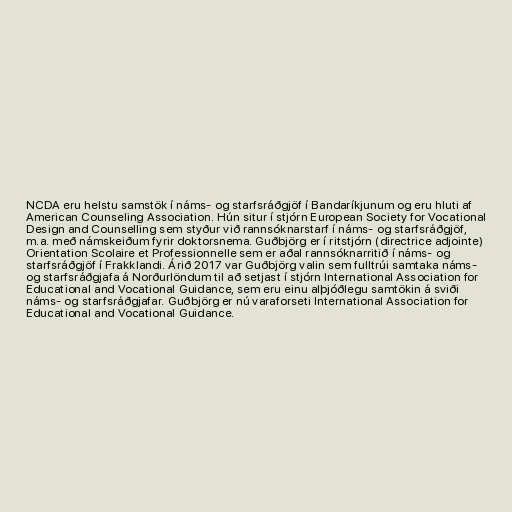
NCDA eru helstu samstök í náms- og starfsráðgjöf í Bandaríkjunum og eru hluti af
American Counseling Association. Hún situr í stjórn European Society for Vocational
Design and Counselling sem styður við rannsóknarstarf í náms- og starfsráðgjöf,
m.a. með námskeiðum fyrir doktorsnema. Guðbjörg er í ritstjórn (directrice adjointe)
Orientation Scolaire et Professionnelle sem er aðal rannsóknarritið í náms- og
starfsráðgjöf í Frakklandi. Árið 2017 var Guðbjörg valin sem fulltrúi samtaka náms-
og starfsráðgjafa á Norðurlöndum til að setjast í stjórn International Association for
Educational and Vocational Guidance, sem eru einu alþjóðlegu samtökin á sviði
náms- og starfsráðgjafar. Guðbjörg er nú varaforseti International Association for
Educational and Vocational Guidance.